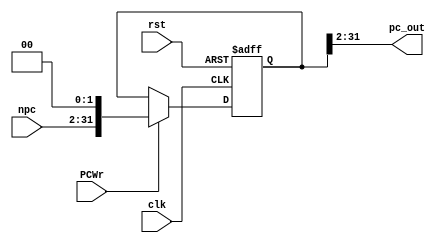
module PC(clk, rst, npc, pc_out, PCWr);
  input             rst, clk;
  input     [31:2]  npc;
  input             PCWr;
  output    [31:2]  pc_out;
  
  reg       [31:0]  npc_reg;
  
  always @(posedge clk or negedge rst)
  begin
     if (!rst)  
        npc_reg <= 32'h0000_3000;
     else if (PCWr)
        npc_reg <= {npc, 2'b00};
  end
  assign  pc_out = npc_reg[31:2];
endmodule